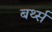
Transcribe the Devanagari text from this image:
बर्थ्स